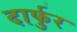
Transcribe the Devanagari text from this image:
दार्फुर